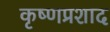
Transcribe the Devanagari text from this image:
कृष्णप्रशाद